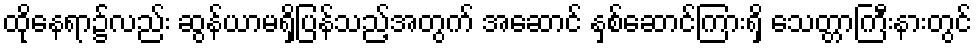
ထိုနေရာ၌လည်း ဆွန်ယာမရှိပြန်သည့်အတွက် အဆောင် နှစ်ဆောင်ကြားရှိ သေတ္တာကြီးနားတွင်